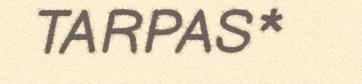
TARPAS*